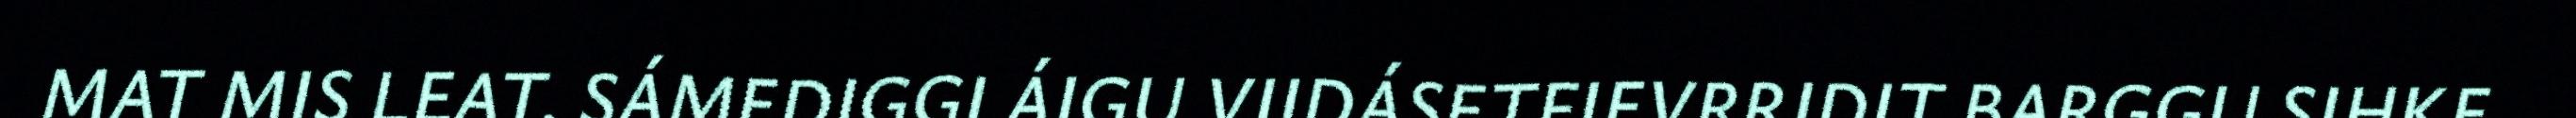
MAT MIS LEAT. SÁMEDIGGI ÁIGU VIIDÁSETFIEVRRIDIT BARGGU SIHKE